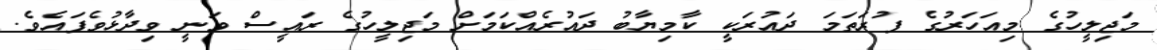
މަޖިލީހުގެ މިއަހަރުގެ ފުރަތަމަ ދައުރަކީ ކާމިޔާބު ދައުރެއްކަމަށް މަޖިލީހުގެ ރައީސް ވަނީ ވިދާޅުވެފައެވެ.